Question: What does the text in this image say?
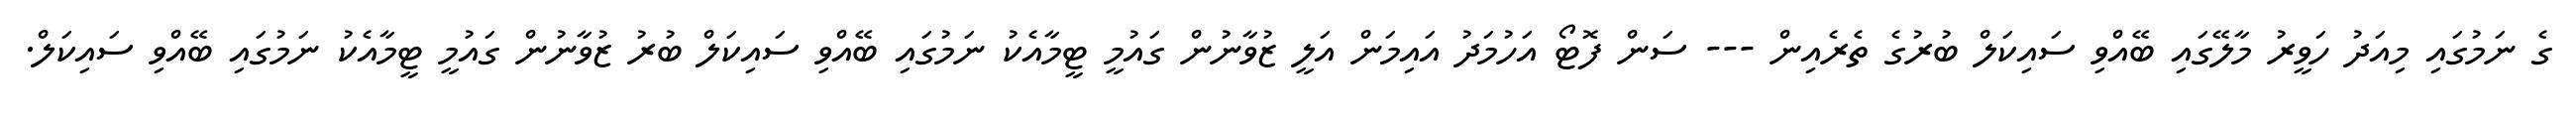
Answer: ގެ ނަމުގައި މިއަދު ހަވީރު މާލޭގައި ބޭއްވި ސައިކަލް ބުރުގެ ތެރެއިން --- ސަން ފޮޓޯ އަހުމަދު އައިމަން އަލީ ޒުވާނުން ގައުމީ ޓީމާއެކު ނަމުގައި ބޭއްވި ސައިކަލް ބުރު ޒުވާނުން ގައުމީ ޓީމާއެކު ނަމުގައި ބޭއްވި ސައިކަލް.